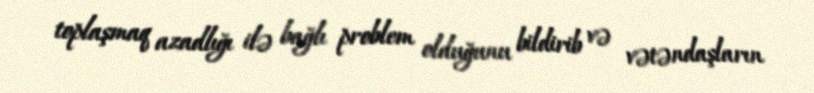
toplaşmaq azadlığı ilə bağlı problem olduğunu bildirib və vətəndaşların